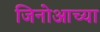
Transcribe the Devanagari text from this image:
जिनोआच्या